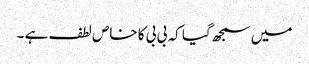
میں سمجھ گیا کہ بی بی کا خاص لطف ہے ۔